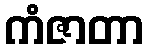
ကံဇာတာ